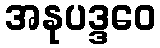
အနုပဒ္ဒဝေ